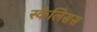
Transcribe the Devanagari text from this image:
स्कैलिसस